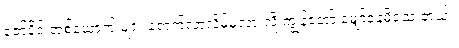
ဇော်ပိုင် တစ်ယောက် များ ရောက်လာလိမ့်မလားလို့ ကျွန်တော် မျှော်နေမိသေးတယ်။